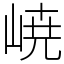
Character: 𡸳